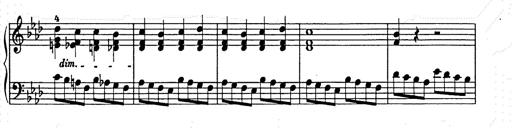
Title: Weihnachtsbaum
Composer: Franz Liszt